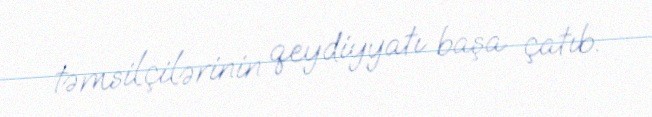
təmsilçilərinin qeydiyyatı başa çatıb.